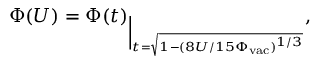
\Phi ( U ) = \Phi ( t ) _ { \Big | _ { t = \sqrt { 1 - ( 8 U / 1 5 \Phi _ { \mathrm { v a c } } ) ^ { 1 / 3 } } } } ,